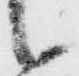
候